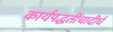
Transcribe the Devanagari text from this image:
कार्यपद्धतींचादीर्घ